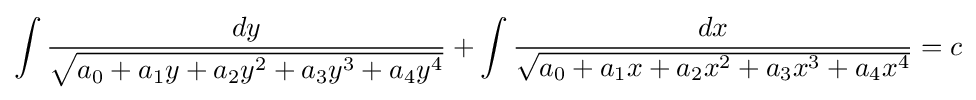
\int {\frac {dy}{\sqrt {a_{0}+a_{1}y+a_{2}y^{2}+a_{3}y^{3}+a_{4}y^{4}}}}+\int {\frac {dx}{\sqrt {a_{0}+a_{1}x+a_{2}x^{2}+a_{3}x^{3}+a_{4}x^{4}}}}=c